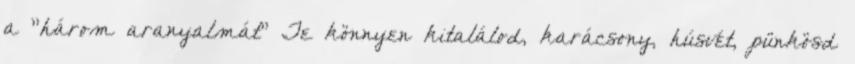
a "három aranyalmát" Te könnyen kitalálod, karácsony, húsvét, pünkösd